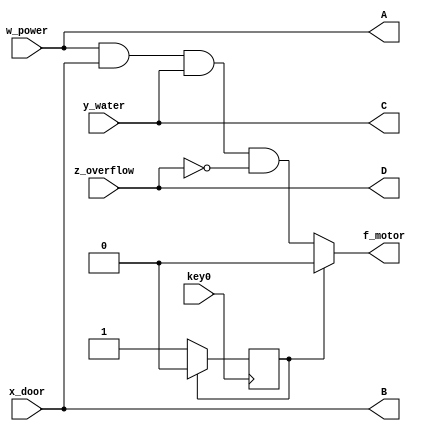


/* the first code is for washing machine's motor but there is no push button feature in first code*/

/* while uploading the first code on the board, you have to check the pin assignment coz pin assignments in this file 
   is made according to the second code with push button feature */

	
//module Washing_Machine (w_power , x_door , y_water , z_overflow , f_motor,A,B,C,D,key0) ;
//input w_power , x_door , y_water , z_overflow ,key0;
//output f_motor , A , B , C , D;
//reg key0_pushed, f_motor ;
//
//
//assign A=w_power;
//assign B=x_door;
//assign C=y_water;
//assign D=z_overflow;
//assign f_motor = ( w_power & x_door & y_water & ~z_overflow );
//
//endmodule



/* in this code there is push button feature involved, for more information about its working read the <README.md> file
   in the zipped file */

module Washing_Machine (w_power , x_door , y_water , z_overflow , f_motor,A,B,C,D,key0) ;
input w_power , x_door , y_water , z_overflow ,key0;
output f_motor , A , B , C , D;
reg key0_pushed, f_motor ;


assign A=w_power;
assign B=x_door;
assign C=y_water;
assign D=z_overflow;

always@(negedge key0)
begin 
if (key0_pushed==0)
key0_pushed=1;
else
key0_pushed=0;
end

always@(key0_pushed)
begin
if(key0_pushed==1)
 f_motor = 0;
 
else
 f_motor = ( w_power & x_door & y_water & ~z_overflow );
end
endmodule